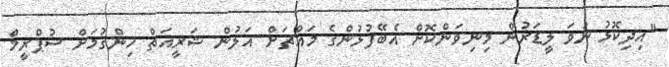
"އިދިކޮޅު ނުވަ ލީޑަރުން މިނިވަންކޮށް އެބޭފުޅުންގެ މައްޗަށް އަލުން ޝަރީއަތް ހިންގުމަށް ސުޕްރީމް